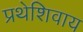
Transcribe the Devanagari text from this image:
प्रथेशिवाय